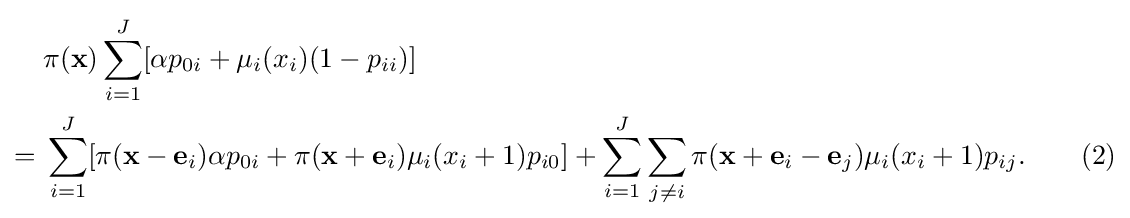
{\begin{aligned}&\pi (\mathbf {x} )\sum _{i=1}^{J}[\alpha p_{0i}+\mu _{i}(x_{i})(1-p_{ii})]\\={}&\sum _{i=1}^{J}[\pi (\mathbf {x} -\mathbf {e} _{i})\alpha p_{0i}+\pi (\mathbf {x} +\mathbf {e} _{i})\mu _{i}(x_{i}+1)p_{i0}]+\sum _{i=1}^{J}\sum _{j\neq i}\pi (\mathbf {x} +\mathbf {e} _{i}-\mathbf {e} _{j})\mu _{i}(x_{i}+1)p_{ij}.\qquad (2)\end{aligned}}